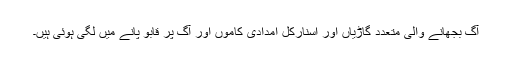
آگ بجھانے والی متعدد گاڑیاں اور اسنارکل امدادی کاموں اور آگ پر قابو پانے میں لگی ہوئی ہیں۔